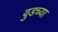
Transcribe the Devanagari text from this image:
वुडच्या